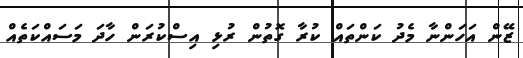
ޒޭން އަހަންނާ މެދު ކަންތައް ކުރާ ގޮތުން ރުޅި އިސްކުރަން ހާދަ މަސައްކަތެއް